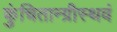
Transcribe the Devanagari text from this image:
कुंचितान्ग्रीस्थवं